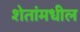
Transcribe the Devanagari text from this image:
शेतांमधील